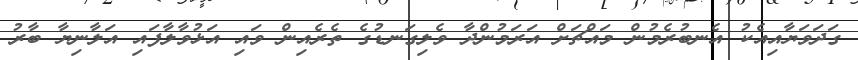
ގަދަވަޔާއިއެކު އެނބުރެމުން މައްޗަށް އަރަމުންދާ ވެލިގަނޑުގެ ތެރެއިން ވައި އަޅުވާލާފައި އަލާނިޔާ ބާރު